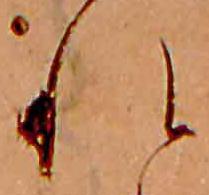
れ